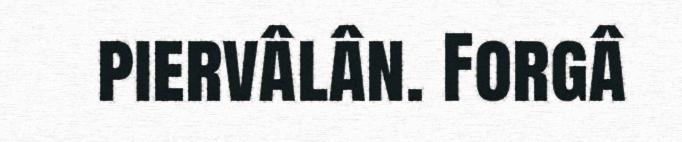
piervâlân. Forgâ